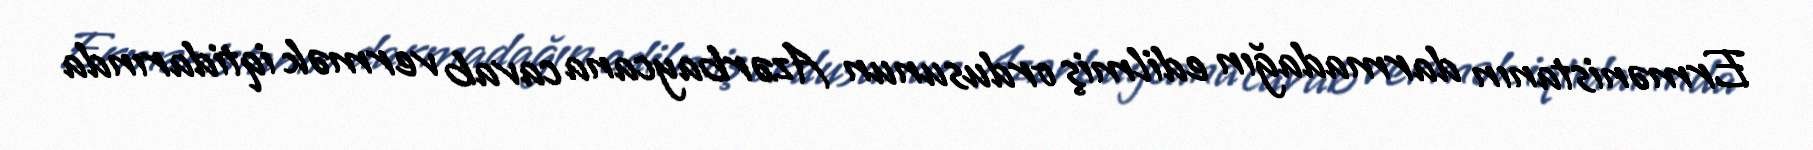
Ermənistanın darmadağın edilmiş ordusunun Azərbaycana cavab vermək iqtidarında